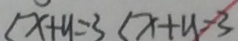
( x + y = 3 ( x + y - 3